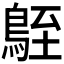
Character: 𪀒